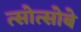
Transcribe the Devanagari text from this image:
त्सोत्सोबे